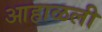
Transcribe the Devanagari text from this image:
आहाळली